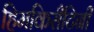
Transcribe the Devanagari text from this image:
हिमकिरीटिनी